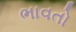
ભાવતો